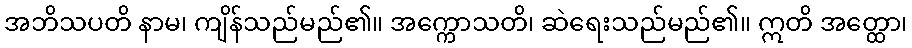
အဘိသပတိ နာမ၊ ကျိန်သည်မည်၏။ အက္ကောသတိ၊ ဆဲရေးသည်မည်၏။ ဣတိ အတ္ထော၊